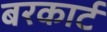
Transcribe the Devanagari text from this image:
बरकार्ट